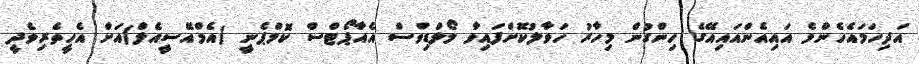
އަދިހަމައެހެންމެ އައިއެންއައިއޭގެ ހިންގުން މިހާރު ހަވާލުކޮށްފައިވާ މޯލްޑިވްސް އެއާޕޯޓްސް ކޮމްޕެނީ (އެމްއޭސީއެލް)އަށް އެހީތެރިވެދީ